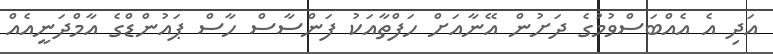
އަދި އެ އެއްބަސްވުމުގެ ދަށުން އޭނާއަށް ހަފްތާއަކު ފަންސާސް ހާސް ޕައުންޑްގެ އާމްދަނީއެއް